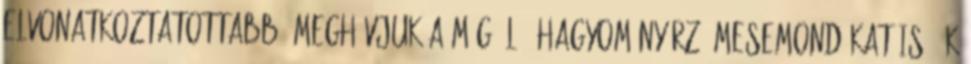
elvonatkoztatottabb. Meghívjuk a még élő, hagyományőrző mesemondókat is. Ők